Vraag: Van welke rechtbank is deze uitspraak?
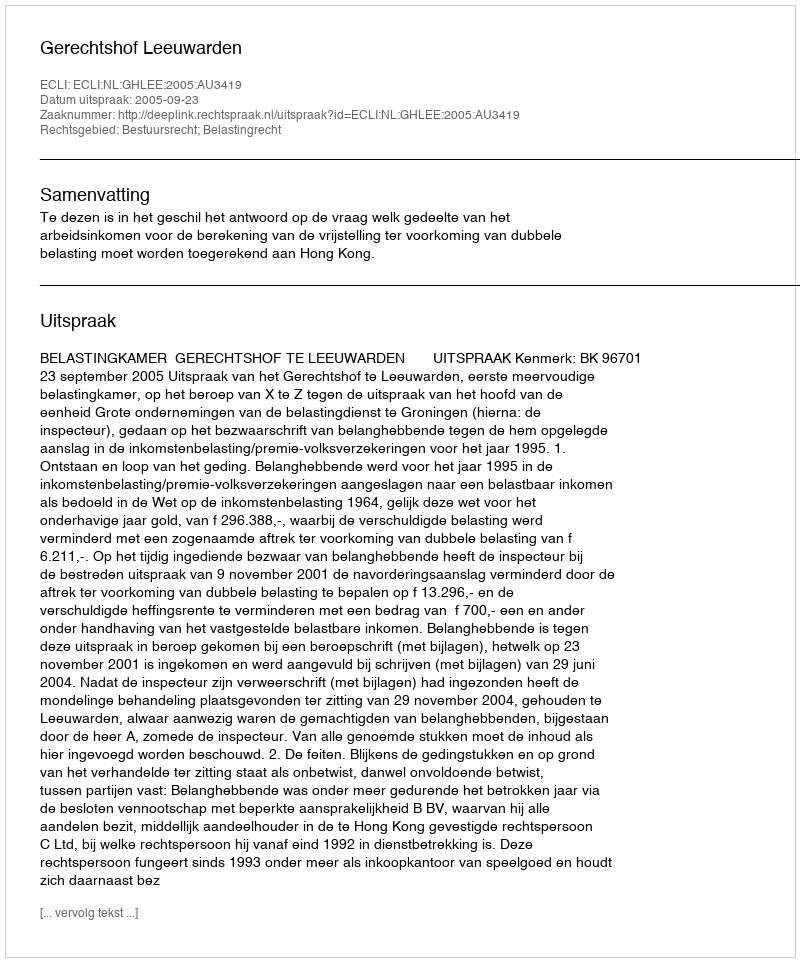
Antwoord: Gerechtshof Leeuwarden